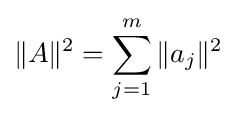
\|A\|^{2}=\sum _{j=1}^{m}\|a_{j}\|^{2}